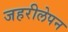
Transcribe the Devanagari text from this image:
जहरीलेपन